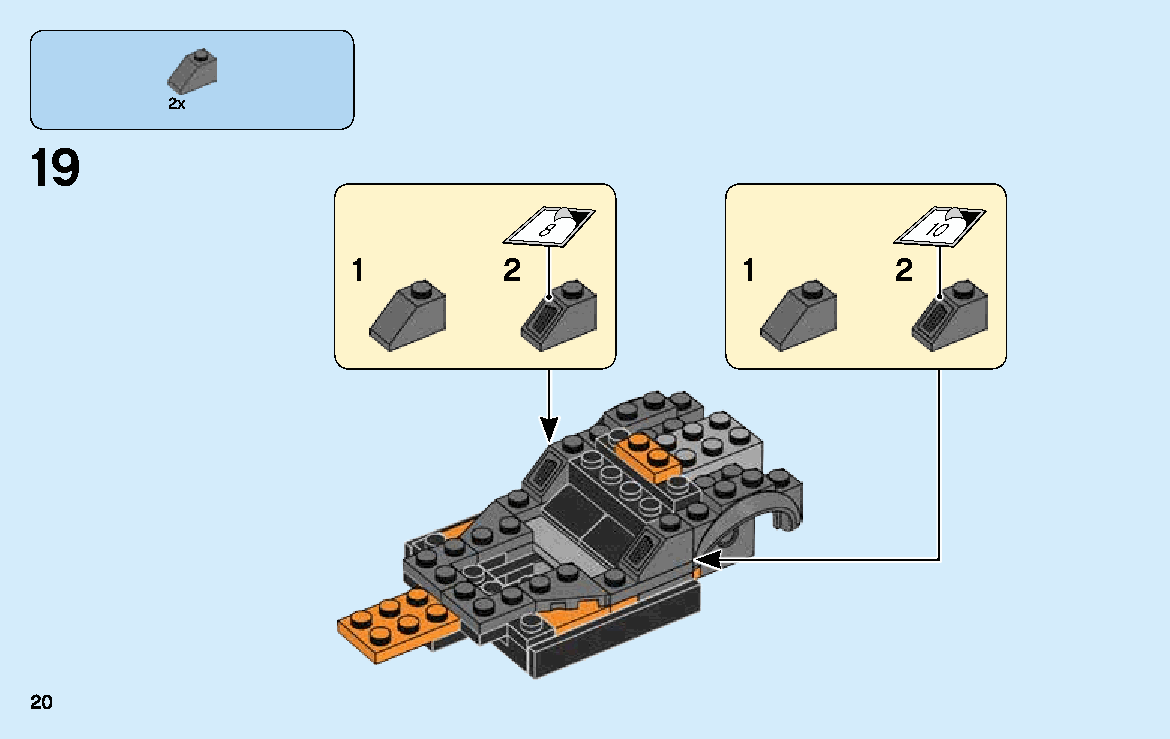
2x
 19
 8                         10
 1         2               1         2
 20